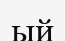
ый